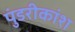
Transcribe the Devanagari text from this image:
पुंडरीकांश